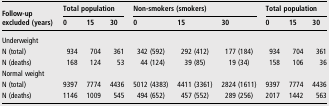
| <ROWSPAN=2> Follow-up excluded (years) | <COLSPAN=3> Total population | <COLSPAN=3> Non-smokers (smokers) | <COLSPAN=3> Total population |
 | 0 | 15 | 30 | 0 | 15 | 30 | 0 | 15 | 30 |
 | --- | --- | --- | --- | --- | --- | --- | --- | --- | --- |
 | <COLSPAN=10> Underweight |
 | N (total) | 934 | 704 | 361 | 342 (592) | 292 (412) | 177 (184) | 934 | 704 | 361 |
 | N (deaths) | 168 | 124 | 53 | 44 (124) | 39 (85) | 19 (34) | 158 | 106 | 36 |
 | <COLSPAN=10> Normal weight |
 | N (total) | 9397 | 7774 | 4436 | 5012 (4383) | 4411 (3361) | 2824 (1611) | 9397 | 7774 | 4436 |
 | N (deaths) | 1146 | 1009 | 545 | 494 (652) | 457 (552) | 289 (256) | 2017 | 1442 | 563 |